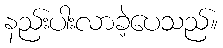
နည်းပါးလာခဲ့ပေသည်။